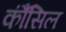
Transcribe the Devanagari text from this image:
कौंंसिल